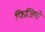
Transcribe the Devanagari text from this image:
फिजियो